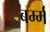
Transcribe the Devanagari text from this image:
बर्म्म